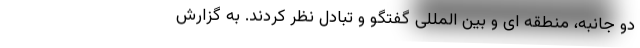
دو جانبه، منطقه ای و بین المللی گفتگو و تبادل نظر کردند. به گزارش